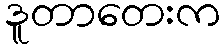
ဒူတာတေးက